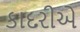
કાદરીએ